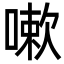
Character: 嗽